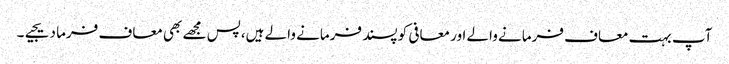
آپ بہت معاف فرمانے والے اور معافی کو پسند فرمانے والے ہیں،پس مجھے بھی معاف فرما دیجیے۔